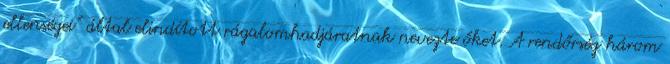
ellenségei” által elindított rágalomhadjáratnak nevezte őket. A rendőrség három